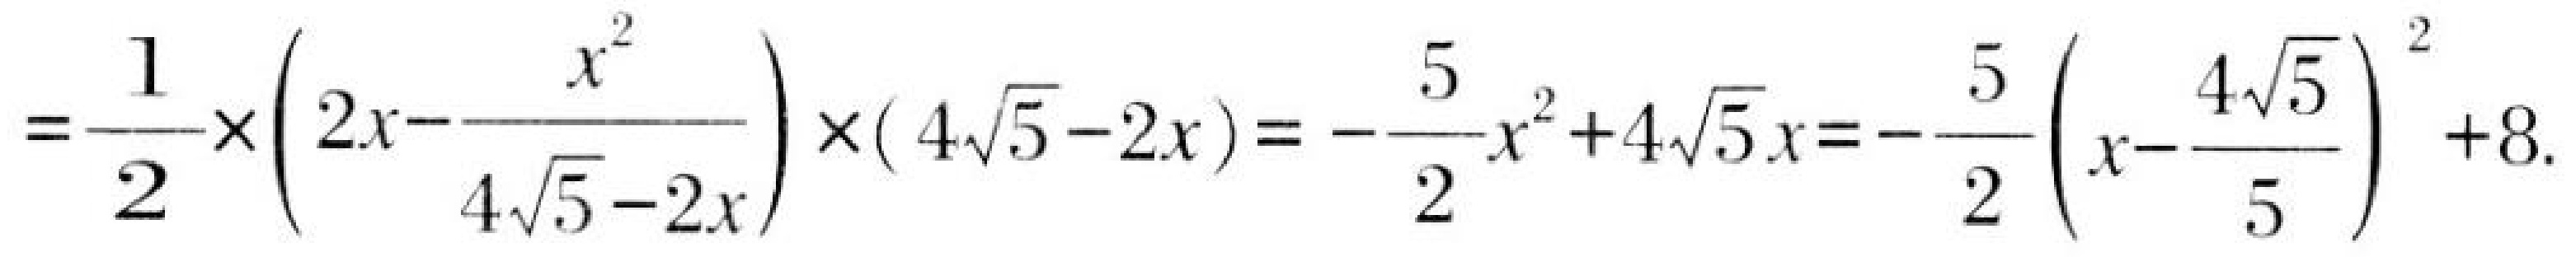
\(=\frac{1}{2}\times\left(2x - \frac{x^{2}}{4\sqrt{5}-2x}\right)\times(4\sqrt{5}-2x)=-\frac{5}{2}x^{2}+4\sqrt{5}x = -\frac{5}{2}\left(x - \frac{4\sqrt{5}}{5}\right)^{2}+8.\)